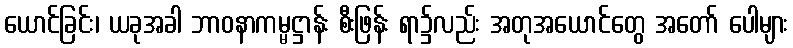
ယောင်ခြင်း၊ ယခုအခါ ဘာဝနာကမ္မဋ္ဌာန်း စီးဖြန်း ရာ၌လည်း အတုအယောင်တွေ အတော် ပေါများ